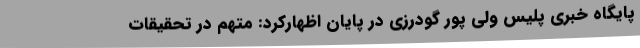
پایگاه خبری پلیس ولی پور گودرزی در پایان اظهارکرد: متهم در تحقیقات